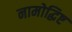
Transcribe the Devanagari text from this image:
नामोद्धिष्ट